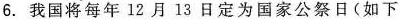
6.我国将每年12月13日定为国家公祭日（如下